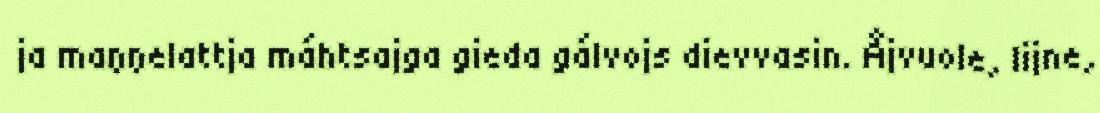
ja maŋŋelattja máhtsajga gieda gálvojs dievvasin. Åjvuole, lijne,